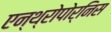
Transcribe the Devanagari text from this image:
एन्थ्रोपोर्निस